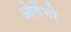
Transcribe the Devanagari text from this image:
ओर्गेनो